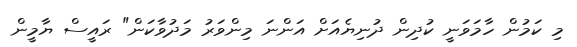
މި ކަމުން ހާމަވަނީ ކުދިން ދުނިޔެއަށް އަންނަ މިންވަރު މަދުވާކަން" ރައީސް ޔާމީން